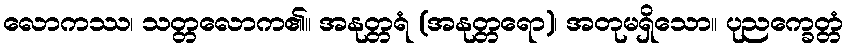
လောကဿ၊ သတ္တလောက၏။ အနုတ္တရံ (အနုတ္တရော)၊ အတုမရှိသော။ ပုညက္ခေတ္တံ